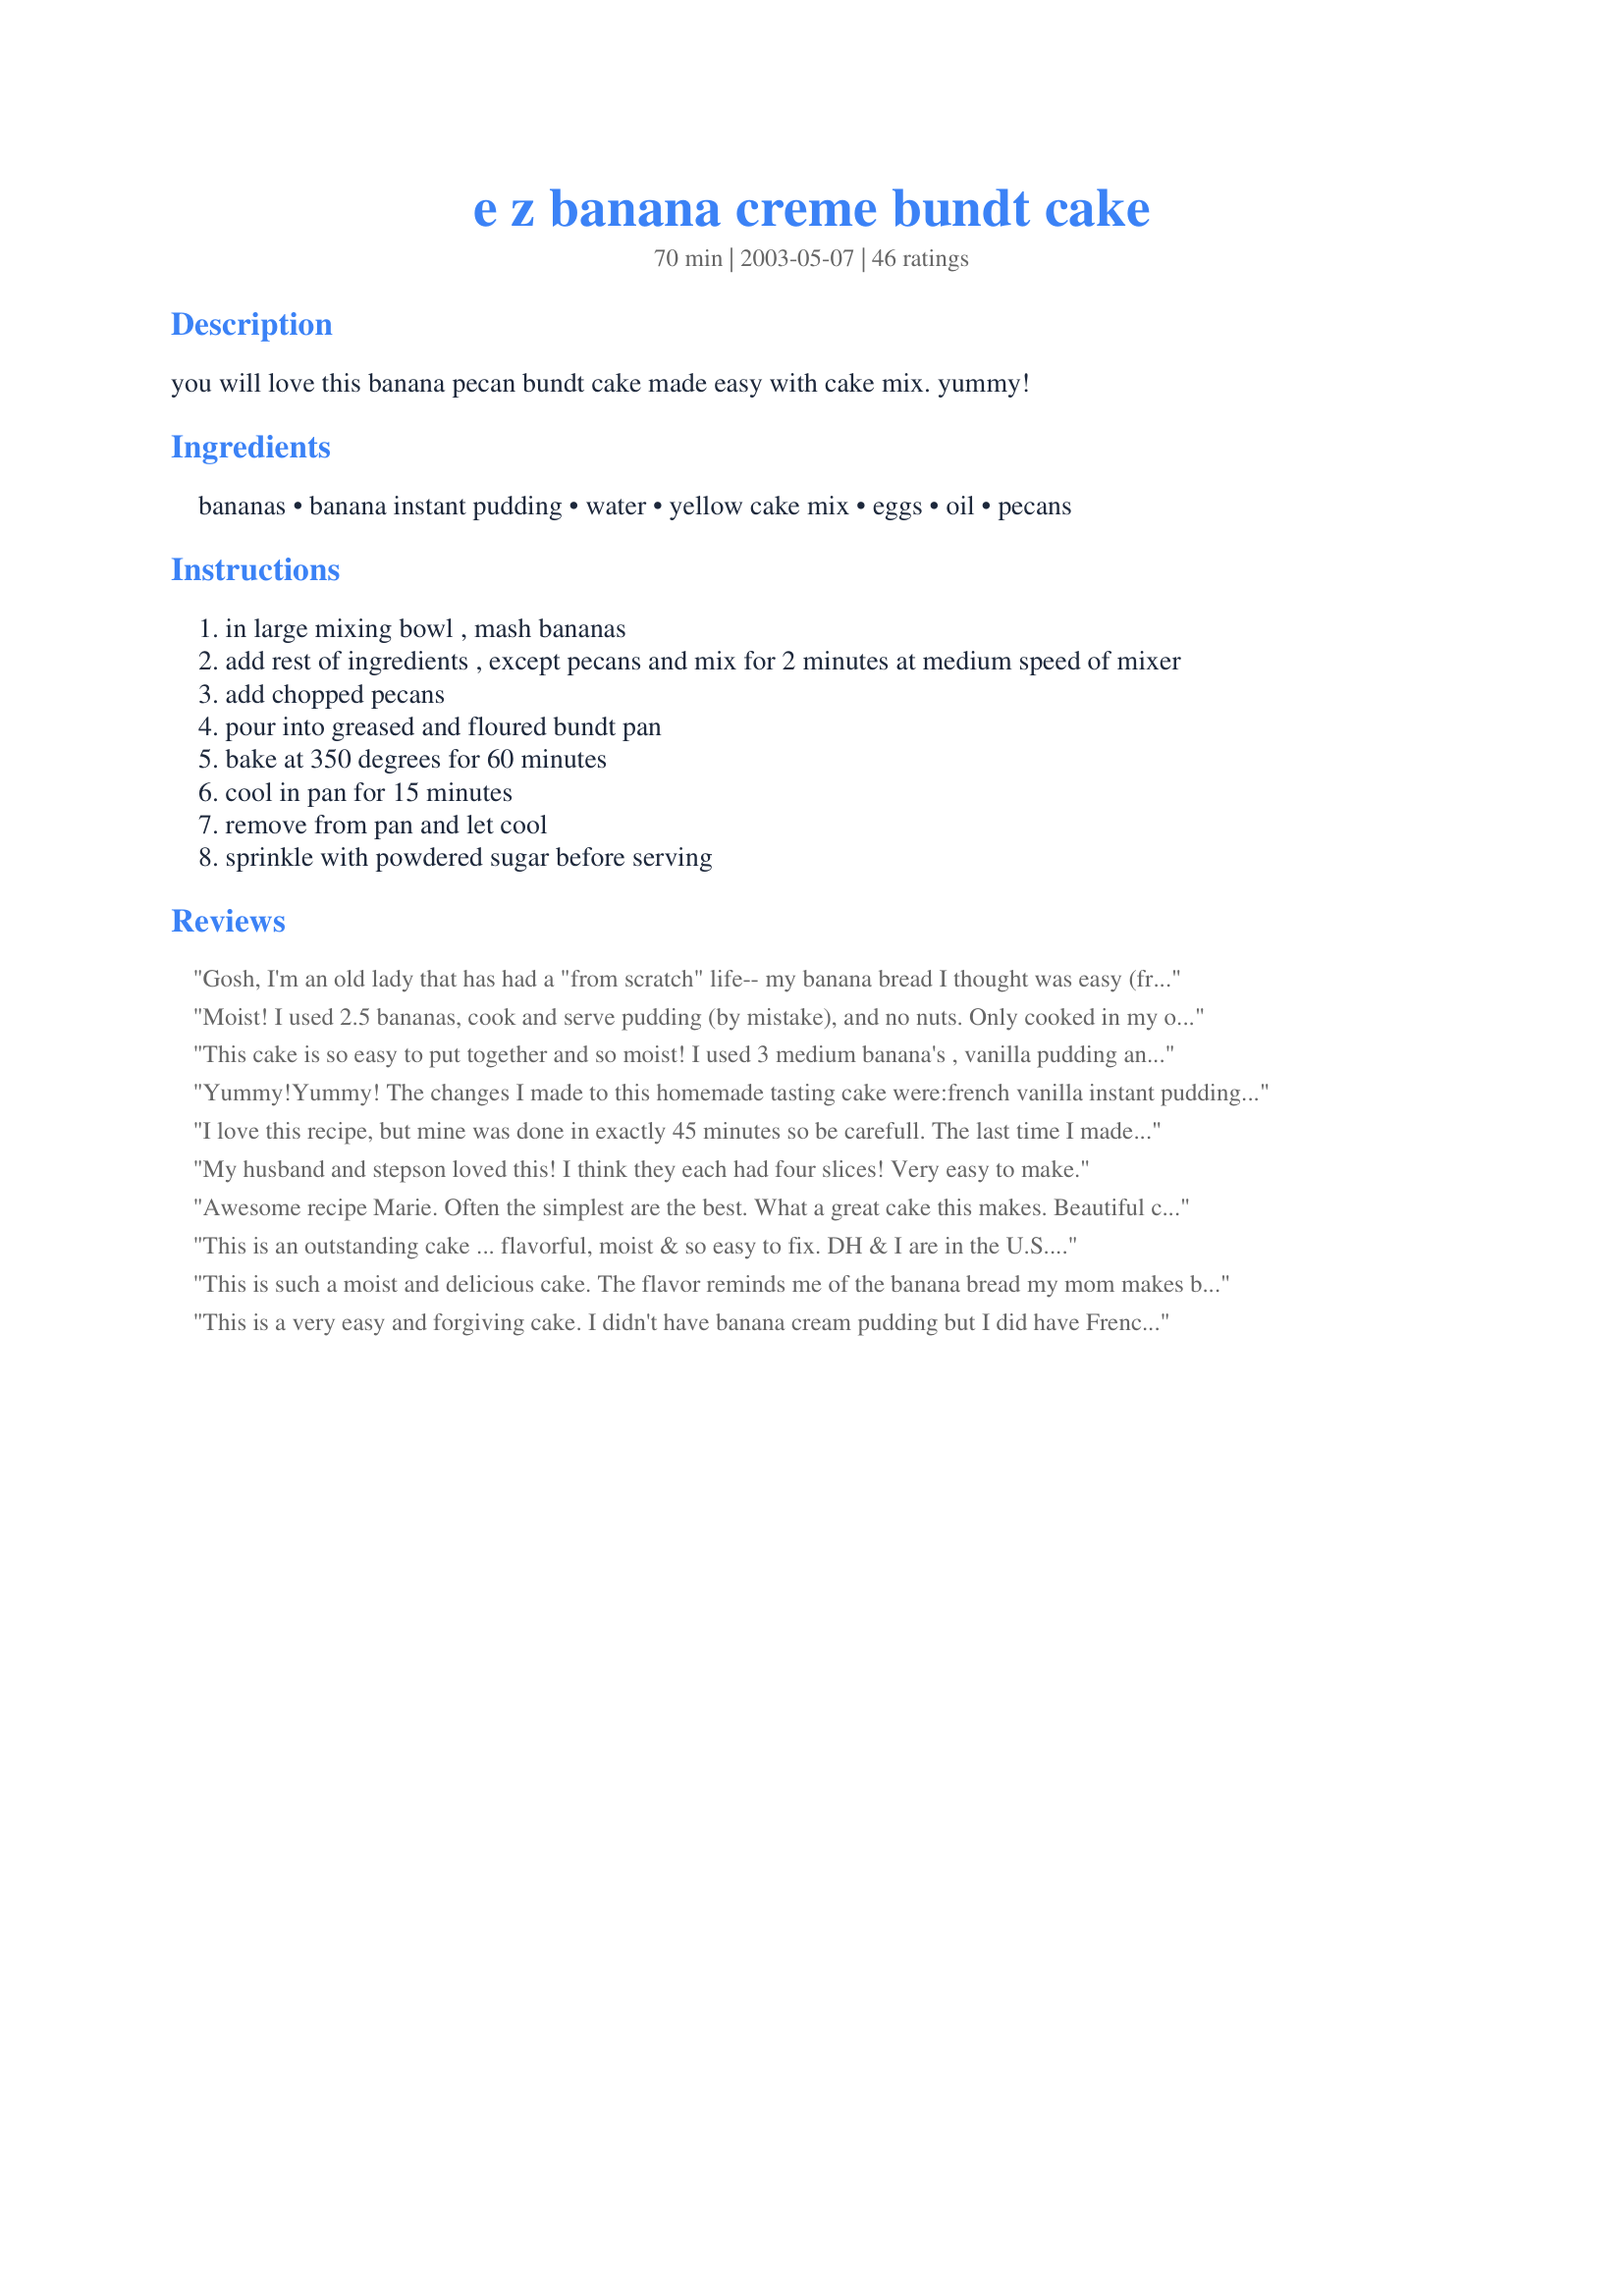
e z banana creme bundt cake
Preparation time: 70 minutes

you will love this banana pecan bundt cake made easy with cake mix. yummy!

Ingredients:
bananas, banana instant pudding, water, yellow cake mix, eggs, oil, pecans

Steps:
in large mixing bowl , mash bananas
add rest of ingredients , except pecans and mix for 2 minutes at medium speed of mixer
add chopped pecans
pour into greased and floured bundt pan
bake at 350 degrees for 60 minutes
cool in pan for 15 minutes
remove from pan and let cool
sprinkle with powdered sugar before serving

Reviews:
Gosh, I'm an old lady that has had a "from scratch" life-- my banana bread I thought was easy (from scratch)but now as I said I am older & want "easier"!!!!Boy did I get it with this Banana Cake It is fast & delicious!!! I made four in one and a half weeks and ate 3 of them -- I'm serious - he's lucky he got the 4th cake. I used what I had & ended up with the "yellow cake" supermoist, pudding and all but it was more dry than what I had -- the yellow "butter recipe" cake mix \and Betty C. \"golden yellow" -- go figure!!!! it wasn't the baking timing because even that is easy (w/my timer--as I said ===I'm an old lady
What did I read on your 
site???? there are 300 uses for "bundt cake pans" Not dry either I checked a lot of them out after this recipe.....lemon, etc. thanks, Angi
Moist! I used 2.5 bananas, cook and serve pudding (by mistake), and no nuts. Only cooked in my oven about 45 min. Will make this lots. Thanks for a great recipe.
This cake is so easy to put together and so moist! I used 3 medium banana's , vanilla pudding and walnuts. I think using 3 banana's made up for not using banana pudding, because this definitely was not lacking in banana flavor! I also baked it in a 9 X 13 pan for 50 minutes (Since I didn't use a bundt cake pan I wasn't sure how long to bake it for, so I set the timer to 35 minutes and kept increasing the time by 5 minutes), and then sprinkled it with powdered sugar. I will be making this again when I have those ripe banana's sitting on my counter begging to be eaten! Thank you for sharing your recipe.
Yummy!Yummy! The changes I made to this homemade tasting cake were:<br/>french vanilla instant pudding<br/>peanut oil<br/>walnuts<br/>1 cup of premium gourmet chocolate chips<br/>I frosted with cream cheese frosting with walnuts.<br/>This cake did NOT taste like a mix.<br/>BTW, did I say that it was yummy?<br/>Thanks Marie! YUMMY!!!!
I love this recipe, but mine was done in exactly 45 minutes so be carefull. The last time I made it, I used a caramel cake mix (thinking Bananas Foster.) It was a subtle difference, but very good.
My husband and stepson loved this! I think they each had four slices! Very easy to make.
Awesome recipe Marie. Often the simplest are the best. What a great cake this makes. Beautiful crumb and flavor. It was quick and very easy to make with great results. No one guessed it was made from a cake mix. I used three large bananas and vanilla pudding (what was in the house). The cake had a wonderful bananas and creme flaovr that I really enjoyed. Served with a sprinkling of powdered sugar for a melt in your mouth treat that will be repeated often in this house. A wonderful change from the usual banana cake, I made this recipe in mini bundt pans and got 9 beautiful little cakes. Thanks so much for posting this recipe.
This is an outstanding cake ... flavorful, moist & so easy to fix. DH & I are in the U.S. & I made it per the recipe for my DS & DIL. Everyone loved it! This will be repeated often for our family & friends after we return home. Thx for sharing this recipe w/us.
This is such a moist and delicious cake. The flavor reminds me of the banana bread my mom makes but this is so much easier. I made this for a church dinner and had requests for the recipe. I did cut the eggs back to 3, used egg beaters and I used sugar free instant banana creme pudding mix to make it diabetic friendly. I only needed to bake the cake for 40 minutes and it came out a nice golden brown. Also I can get 16 slices from my cake. This will be a regular at our house. Thanks again for a great recipe.
This is a very easy and forgiving cake. I didn't have banana cream pudding but I did have French Vanilla. So I used that and added a third banana. It's moist, flavorful and dh is on his second piece. Very tasty and smells sooo wonderful. I do think though that I prefer it cold to hot. Seems like the banana flavor comes out more.
I decided to try this recipe in order to use up 2 ripe bananas that were sitting in my fruit bowl. It is easy to prepare and comes out very moist. I added extra pecans since we like nuts. My husband and I just love this cake and I will certainly make it again.
This was just scrumptious. So very moist and simple to put together. Will make many more times. Thanks for posting.
This cake is awesome! I only had to bake mine 45 minutes when I noticed the edges were getting very dark and it sprang back when touched. I wouldn't bake it any longer than that. It is delicious. I didn't bother with the powdered sugar, it is delightful just as it is. Thank you!
A great banana cake! I used only 3 eggs and baked in a 9x13 pan for 35 minutes. Added a cream cheese frosting on top.
Nice and easy. I did not have banana pudding mix, so I used vanilla and it was fine. I also skipped the nuts, but didn't miss them. Thanks
YUMMY! Very quick and easy. I added chocolate chips instead of pecans. ;o)
This cake was incredibly easy! I am so excited that I found this recipe because I always have bananas that need to be used up and there's always cake mix in my house. It is a great cake to whip up last minute. I subbed the banana pudding with vanilla as that was all I had. I don't think it made a difference anyway! Awesome recipes, thanks
Delicious and Quick! I made it with a butter cake mix and it was terrific. Thanks!
I used french vanilla pudding and I only had 3 extra large eggs, and had to omit the nuts. I also frosted/glazed it with some left over cream cheese frosting thinned with 1/2 and 1/2. A winner!!!!
As easy as described and very moist! I used 3 small bananas and Cheesecake flavored pudding (that's what I had on hand) but it still had a wonderful banana flavor without being overpowering. I omitted the powdered sugar - it was plenty sweet already and didn't need anything extra. Thanks!
Used this because I wanted a larger quantity than my usual banana loaf bread. It was great! Next time I'll make two and freeze 1!
Easy recipe - I used white cake mix instead of yellow cake mix - I also forgot the nuts. Very moist... My coworkers ate most of it!!
Great recipe! My family really loved it. Was simple to make. I frosted it with cream cheese frosting . Which made the cake that much better. Definite keeper.
Very good and moist. I didn't have pecans but it is still very good.
The sides did overcook just a bit so next time maybe 50 minutes will be perfect.
I'm thinking peanut butter would taste good, like a glaze.... who knows.
This cake is incredibly easy and tastes delicious! I made this tonight for my daughter's cake walk at school. It smelled so good that I cut a little wedge off the bottom to taste it. Well... we ended up eating half the cake! We have a second one in the oven right now to take to the school. Thanks for the great recipe and the guilty pleasure my kids and I shared tonight, as we ate someone else's cake. :)
Very easy and DELICIOUS cake. The cake tastes better the next day. So try to save some for later if you can.
This is wonderful. It's Sunday afternoon, it's raining and I'm home alone in my house with this delectable cake - a dangerous situation! I usually avoid recipes with pudding mixes in them (I think they often have a chemical taste) but this sounded so good I had to try it. Not only is this delicious but it is delicously easy to make!
Very moist! Everyone loved it! Made it in a 9X13 instead of bundt pan. Didnt want to wait that long for it to cook.
This is a great cake and SO very quick and easy to make. I had this in the oven in 5 minutes....as in prep time 5 MINUTES! Delicious! I realized after adding the batter to the pan that I forgot the nuts...no problem, I sprinkled them on top and swooshed them through with a small spatula. I used a 'baker's mix' of nuts, rather than pecans, that I use for most recipes calling for nuts. Excellent, we loved it. Thanks again Marie for another keeper :)
All I can say is WOW. This is a super good cake - moist, easy to make. I did have to bake it the full 60 minutes. There was a lot of batter - more than usual for a cake mix - and a little dripped over the top into the bottom of the oven. I scraped up that part and cut off the bottom where it was burned and my husband just flipped over it. He can't wait for the rest of the cake to cool so he can have more! Thanks for sharing.
I have made this 2x now. The first time, I followed the recipe to a T and it came out perfectly moist and flavorful. This time, I used Strawberry Cake mix and pudding, and put some sliced bananas and brown sugar at the bottom of the bundt cake pan to caramelize. The only other thing I wished I had done was add some sliced strawberries in the mix itself. It came out AMAZING.
I made this for my son's birthday. Everyone loved it. It was so moist and flavorful. I didn't have yellow cake mix so I used the white mix that I had on hand. It still turned out great. This is a great recipe for when you are pressed for time but still want a great tasting banana cake.
I wanted to use up some really ripe bananas this morning and found this recipe. I love these recipes that use cake mixes! It was verrry fast and easy to prepare. I made it this morning and took it to work. The group polished it off before I came home. My bananas were on the small side so, I used 3 bananas. The cake was still warm when I was getting ready to leave so I took some powdered sugar and topped the cake with it after I got to work. It was very moist and had a lot of banana flavor. Three people wanted the recipe and the one that regularly bakes said that she's not using her old banana bread recipe anymore - she's replacing it with this recipe! Our shipping clerk said that they should put me to work in a bakery :0) - my response was "What?? And give up all of this??" (it's our busy season and it's making us all crazy). Thank you so much for sharing this recipe!!!
Simple to make and extremely delicious. Much better than banana bread.
YUM-E ..this is a fabulous recipe. Made it over the weekend and even the kids loved it. This is a keeper, thanks for sharing such a simple and delicious cake. ~V
Loved it. This was a great tasting cake. I followed the recipe as written other then I didn't add the pecans. I did have problems with the baking of it though. After 35 minutes I started smelling something burnt so I rushed to the oven and the top of the cake was a real dark brown just starting to burn. I pulled it out of the oven but the middle of the cake wasn't done. Not sure what I did wrong as I followed the recipe but will watch it more closely. I used a super moist cake mix- could that have been the problem? We loved the taste of this just the same. I cut the burnt part off the cake and dealt with the middle not being completely done.
This recipe is so fast and easy to make. I followed the directions exactly and my cake came out beautiful and delicious. Thank you for sharing this recipe marie.
The cake was delicious! Thanks for sharing. Also served with Banana Ice Cream (# 131075).
I forgot to flour my pan and it stuck. Other than that, it was great! I used three bananas and vanilla pudding. I wanted to keep it more mild for my guests. It was very yummy!
Moist and delicious. I used vanilla pudding mix and drizzled a cream cheese frosting on the outside then sprinkled on the pecans. Thanks!
just the best 'easy to make and excellent to eat kit2215
This was quick and easy. I am so glad I tried it and will bake again. A great recipe to use with a 1st time baker, it will make the person proud. As for us seasoned old cooks, just sit back and enjoy.
This is just a terrific cake. Easy to make and more than easy to eat!! Moist and delicious. It will be off to a potluck soon!! Thanks marie.
FANTASTIC!!! I used 3 small bananas and cut back the water 1/4c. Since I made this for work and didn't know if anyone had any nut allergies so I used 1c. mini chocolate chips. I got raves and raves about this cake! I cut it at home and served it on a platter so I had some left for DH and he loved it! He usually hates "bundt" cakes as he says they are usually dry...NOT this one! I will make this time and time again. Thanks for sharing this Marie!
I will make this cake again. Quick, easy and moist with good flavor.
This is an excellent cake. I highly recommend it. I had some bananas to use up so thought I would try this recipe out. We can't get instant banana pudding mix over here so I used this stuff we can buy called "Angel Delite, Barmy Banana Flavour". It worked out perfectly. I confess I also added some milk chocolate chips and some butterscoth chips with the pecans. It smelled heavenly while it was baking and the taste is out of this world. Thanks for a great recipe!
